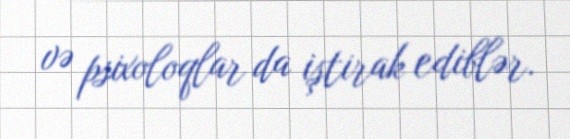
və psixoloqlar da iştirak ediblər.